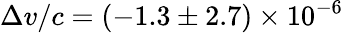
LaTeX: \Delta v/c=(-1.3\pm 2.7)\times 10^{-6}